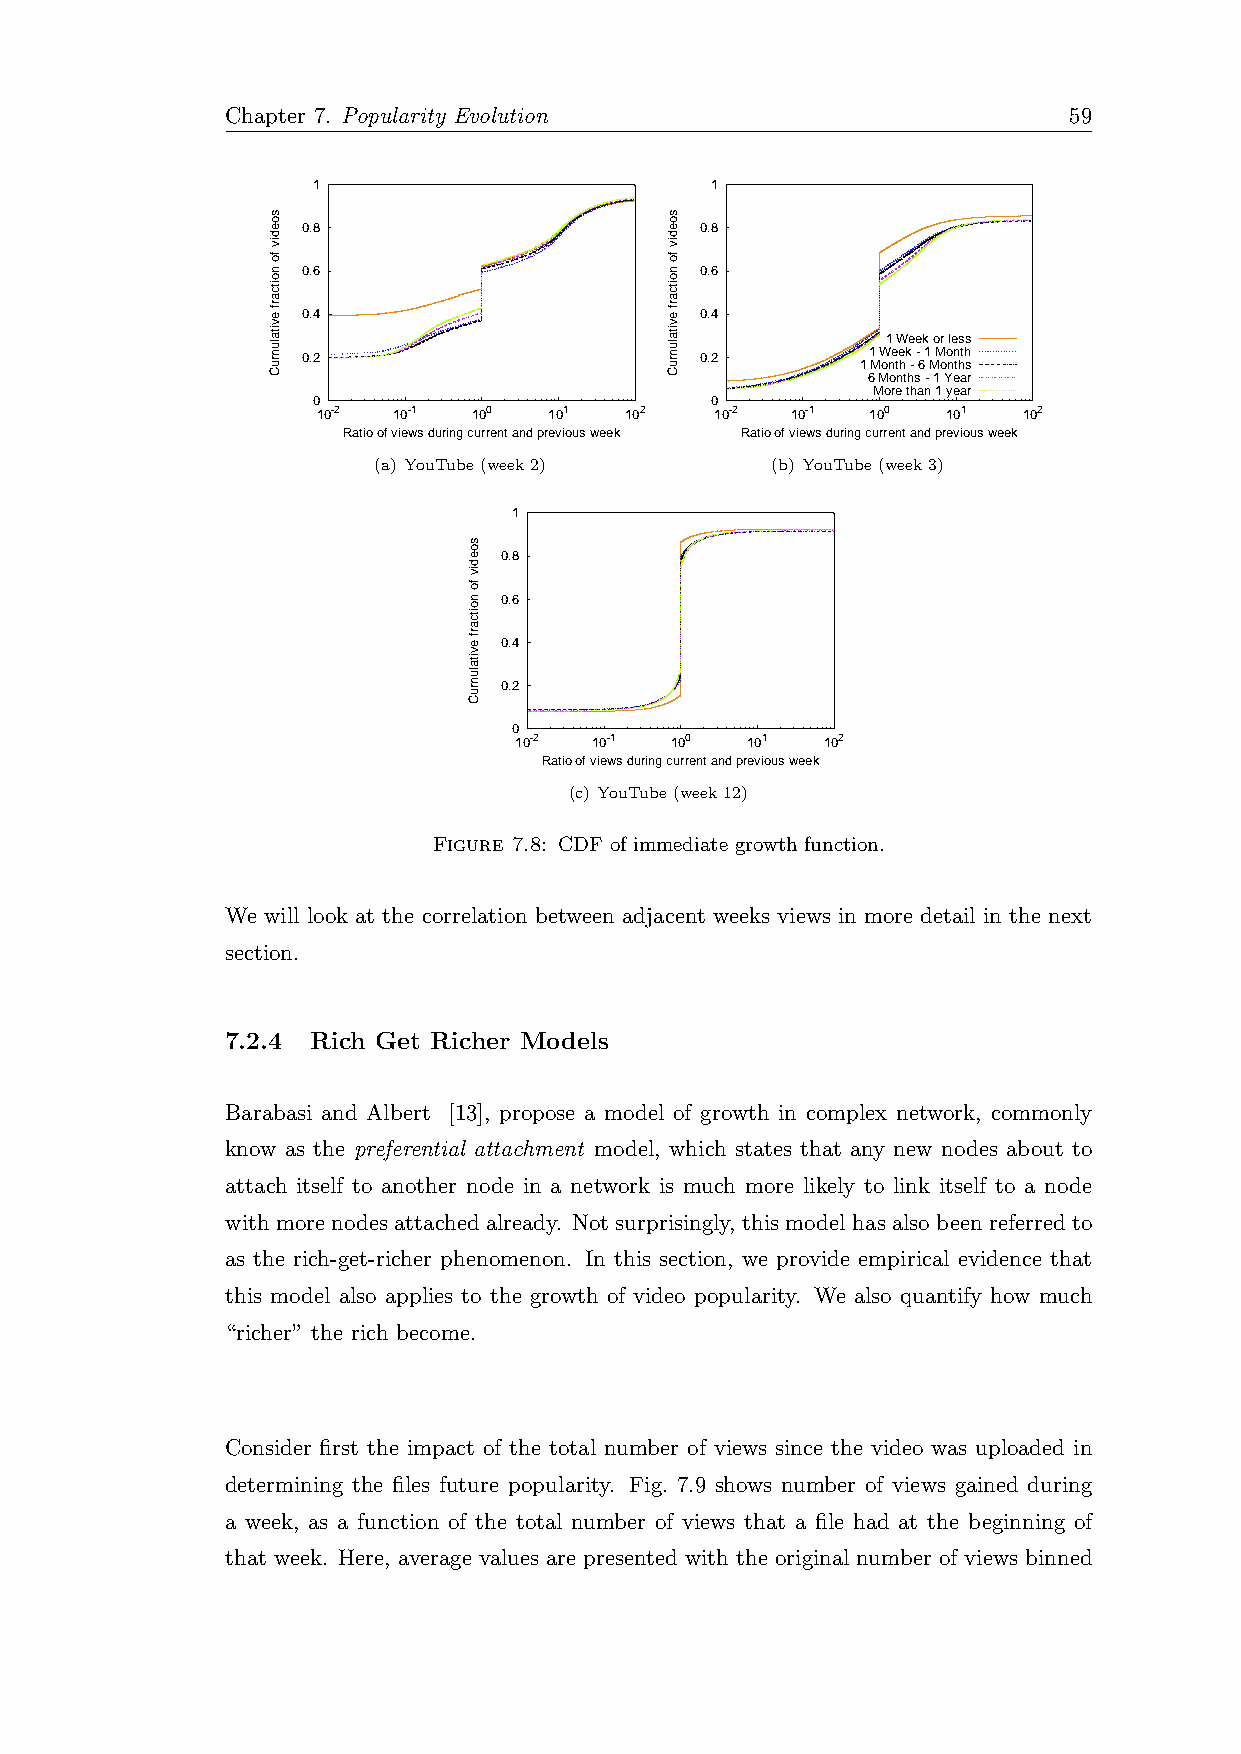
Chapter 7. Popularity Evolution                         59
 1                         1
 0.8                       0.8
 0.6                       0.6
 0.4                       0.4
 1 Week or less
 0.2                       0.2        1 Week - 1 Month
 1 Month - 6 Months
 6 Months - 1 Year
 More than 1 year
 0                         0
 10-2 10-1 100  101  102   10-2 10-1  100  101  102
 Ratio of views during current and previous week Ratio of views during current and previous week
 (a) YouTube(week2)        (b) YouTube(week3)
 1
 0.8
 0.6
 0.4
 0.2
 0
 10-2 10-1 100  101   102
 Ratio of views during current and previous week
 (c) YouTube(week12)
 Figure 7.8: CDF of immediate growth function.
 We will look at the correlation between adjacent weeks views in more detail in the next
 section.
 7.2.4 Rich Get Richer Models
 Barabasi and Albert [13], propose a model of growth in complex network, commonly
 know as the preferential attachment model, which states that any new nodes about to
 attach itself to another node in a network is much more likely to link itself to a node
 with more nodes attached already. Not surprisingly, this model has also been referred to
 as the rich-get-richer phenomenon. In this section, we provide empirical evidence that
 this model also applies to the growth of video popularity. We also quantify how much
 “richer” the rich become.
 Consider first the impact of the total number of views since the video was uploaded in
 determining the files future popularity. Fig. 7.9 shows number of views gained during
 a week, as a function of the total number of views that a file had at the beginning of
 that week. Here, average values are presented with the original number of views binned
 soediv
 fo
 noitcarf
 evitalumuC
 soediv
 fo
 noitcarf
 evitalumuC
 soediv
 fo
 noitcarf
 evitalumuC